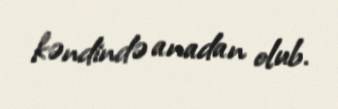
kəndində anadan olub.